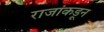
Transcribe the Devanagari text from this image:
राजांकडून